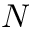
N